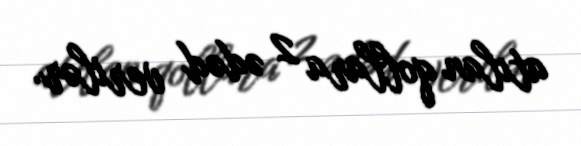
atılan qollara 2 ədəd verilər.